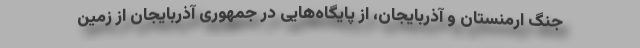
جنگ ارمنستان و آذربایجان، از پایگاه‌هایی در جمهوری آذربایجان از زمین